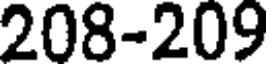
208-209